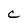
Character: C